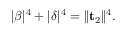
\lvert \beta \rvert ^ { 4 } + \lvert \delta \rvert ^ { 4 } = \lVert \mathbf { t } _ { 2 } \rVert ^ { 4 } .